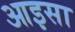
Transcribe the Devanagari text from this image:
आइसा